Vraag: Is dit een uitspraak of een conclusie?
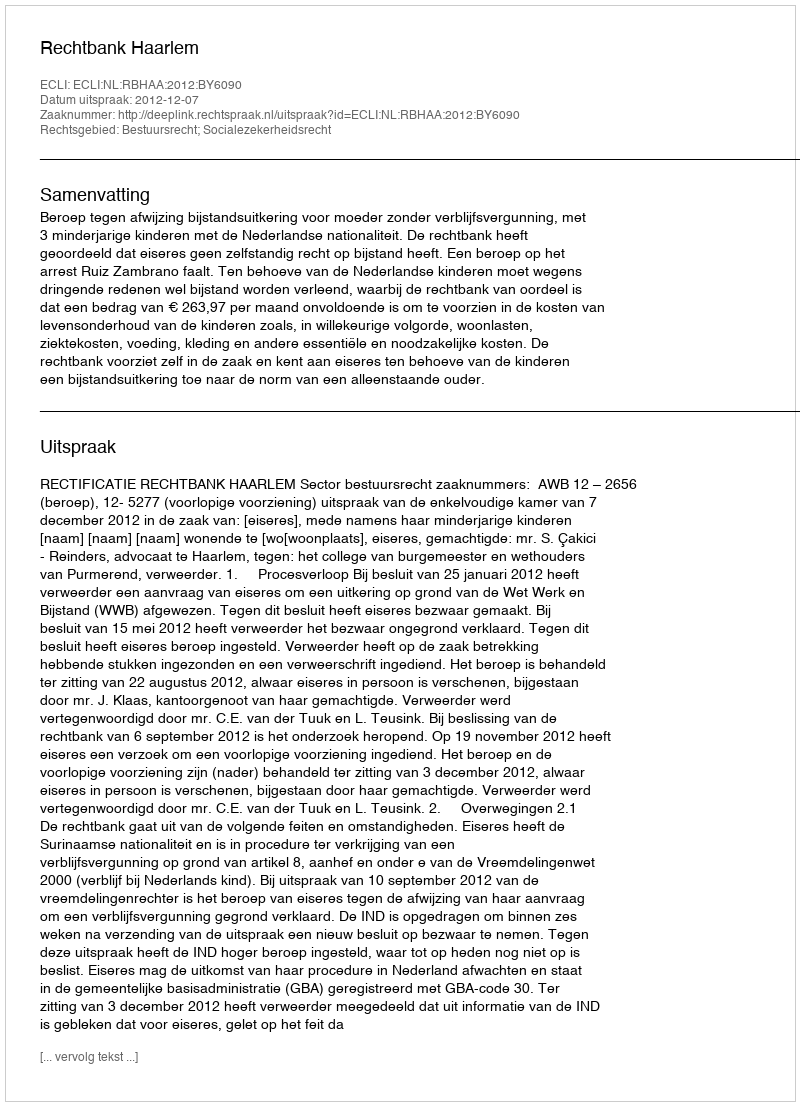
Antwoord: Uitspraak